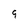
Character: 9